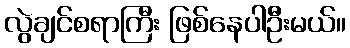
လွဲချင်စရာကြီး ဖြစ်နေပါဦးမယ်။